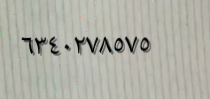
٦٣٤٠٢٧٨٥٧٥